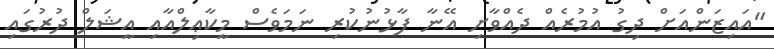
"އައިޒަންއަށް ދިގު އުމުރެއް ދެއްވާށި އޭނާ ފާޅުނުކުރި ނަމަވެސް މީކާޢިލްއާއި އީޝަލް ދުރުގައި